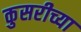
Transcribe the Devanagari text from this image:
कुसरीच्या